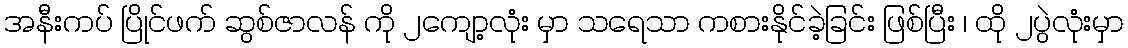
အနီးကပ် ပြိုင်ဖက် ဆွစ်ဇာလန် ကို ၂ကျော့လုံး မှာ သရေသာ ကစားနိုင်ခဲ့ခြင်း ဖြစ်ပြီး ၊ ထို ၂ပွဲလုံးမှာ